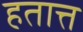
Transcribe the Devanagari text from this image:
हतात्त